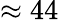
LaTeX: \approx 44